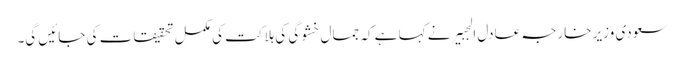
سعودی وزیرِ خارجہ عادل الجبیر نے کہا ہے کہ جمال خشوگی کی ہلاکت کی مکمل تحقیقات کی جائیں گی۔